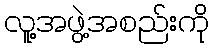
လူ့အဖွဲ့အစည်းကို